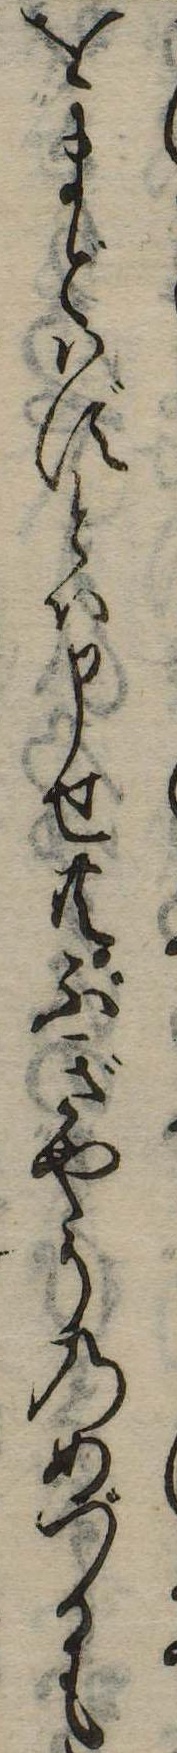
をまどはずとは申せ共ぶぎやうのめづるも